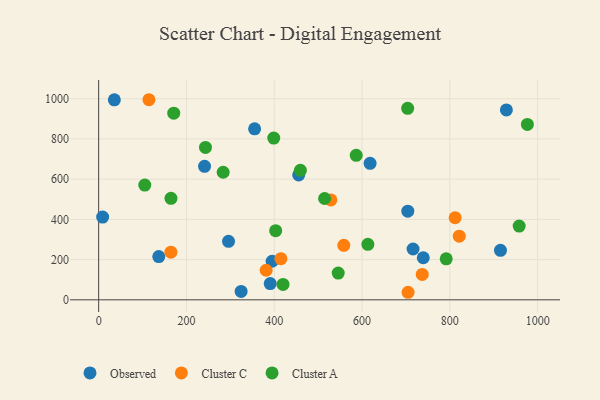
{"axis": {"x": "Study Hours", "y": "Salary"}, "legend": ["Cluster A", "Cluster C", "Observed"], "data": [{"x": "704.2", "y": 440.8, "type": "Observed"}, {"x": "9.0", "y": 411.6, "type": "Observed"}, {"x": "324.5", "y": 41.6, "type": "Observed"}, {"x": "928.8", "y": 944.3, "type": "Observed"}, {"x": "395.1", "y": 191.7, "type": "Observed"}, {"x": "390.8", "y": 80.6, "type": "Observed"}, {"x": "455.7", "y": 620.9, "type": "Observed"}, {"x": "241.2", "y": 663.7, "type": "Observed"}, {"x": "915.3", "y": 246.3, "type": "Observed"}, {"x": "295.8", "y": 290.6, "type": "Observed"}, {"x": "355.2", "y": 850.2, "type": "Observed"}, {"x": "739.4", "y": 209.2, "type": "Observed"}, {"x": "35.7", "y": 994.2, "type": "Observed"}, {"x": "618.3", "y": 678.6, "type": "Observed"}, {"x": "716.2", "y": 252.6, "type": "Observed"}, {"x": "136.9", "y": 214.9, "type": "Observed"}, {"x": "114.5", "y": 994.9, "type": "Cluster C"}, {"x": "821.4", "y": 316.2, "type": "Cluster C"}, {"x": "812.0", "y": 408.1, "type": "Cluster C"}, {"x": "529.0", "y": 496.8, "type": "Cluster C"}, {"x": "415.1", "y": 204.4, "type": "Cluster C"}, {"x": "704.8", "y": 37.5, "type": "Cluster C"}, {"x": "164.5", "y": 236.9, "type": "Cluster C"}, {"x": "558.4", "y": 270.9, "type": "Cluster C"}, {"x": "381.5", "y": 147.1, "type": "Cluster C"}, {"x": "737.1", "y": 126.2, "type": "Cluster C"}, {"x": "398.8", "y": 804.1, "type": "Cluster A"}, {"x": "283.6", "y": 634.3, "type": "Cluster A"}, {"x": "459.5", "y": 643.8, "type": "Cluster A"}, {"x": "420.0", "y": 76.6, "type": "Cluster A"}, {"x": "703.9", "y": 952.2, "type": "Cluster A"}, {"x": "171.0", "y": 928.0, "type": "Cluster A"}, {"x": "545.7", "y": 133.2, "type": "Cluster A"}, {"x": "957.9", "y": 366.6, "type": "Cluster A"}, {"x": "403.2", "y": 343.8, "type": "Cluster A"}, {"x": "586.7", "y": 718.6, "type": "Cluster A"}, {"x": "514.7", "y": 503.7, "type": "Cluster A"}, {"x": "164.7", "y": 504.4, "type": "Cluster A"}, {"x": "613.2", "y": 276.1, "type": "Cluster A"}, {"x": "791.7", "y": 204.0, "type": "Cluster A"}, {"x": "105.0", "y": 570.4, "type": "Cluster A"}, {"x": "976.6", "y": 872.1, "type": "Cluster A"}, {"x": "243.3", "y": 757.9, "type": "Cluster A"}]}